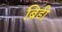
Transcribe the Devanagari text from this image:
ब्रिडी